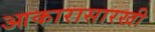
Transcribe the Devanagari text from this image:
आकारासारखी